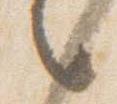
言